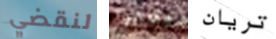
لنقضي يعبروا تريان